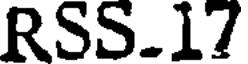
RSS.17